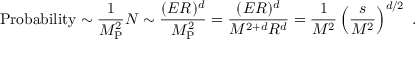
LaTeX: \mathrm { P r o b a b i l i t y } \sim \frac { 1 } { M _ { \mathrm { P } } ^ { 2 } } N \sim \frac { ( E R ) ^ { d } } { M _ { \mathrm { P } } ^ { 2 } } = \frac { ( E R ) ^ { d } } { M ^ { 2 + d } R ^ { d } } = \frac { 1 } { M ^ { 2 } } \left( \frac { s } { M ^ { 2 } } \right) ^ { d / 2 } ~ .